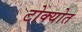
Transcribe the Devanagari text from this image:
टोक्योत